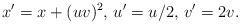
LaTeX: \begin{align*} x'=x+(uv)^2, \, u'=u/2,\, v'= 2v.\end{align*}